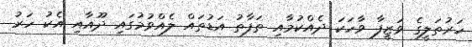
ހަރުތަލީގެ ވަޒީފާ ވާހަކަ ދެއްކުމާއި ތަފާތު އަޑުތައް ލެއްވުމުގައި ދޫއާއި އެކު ހަރު